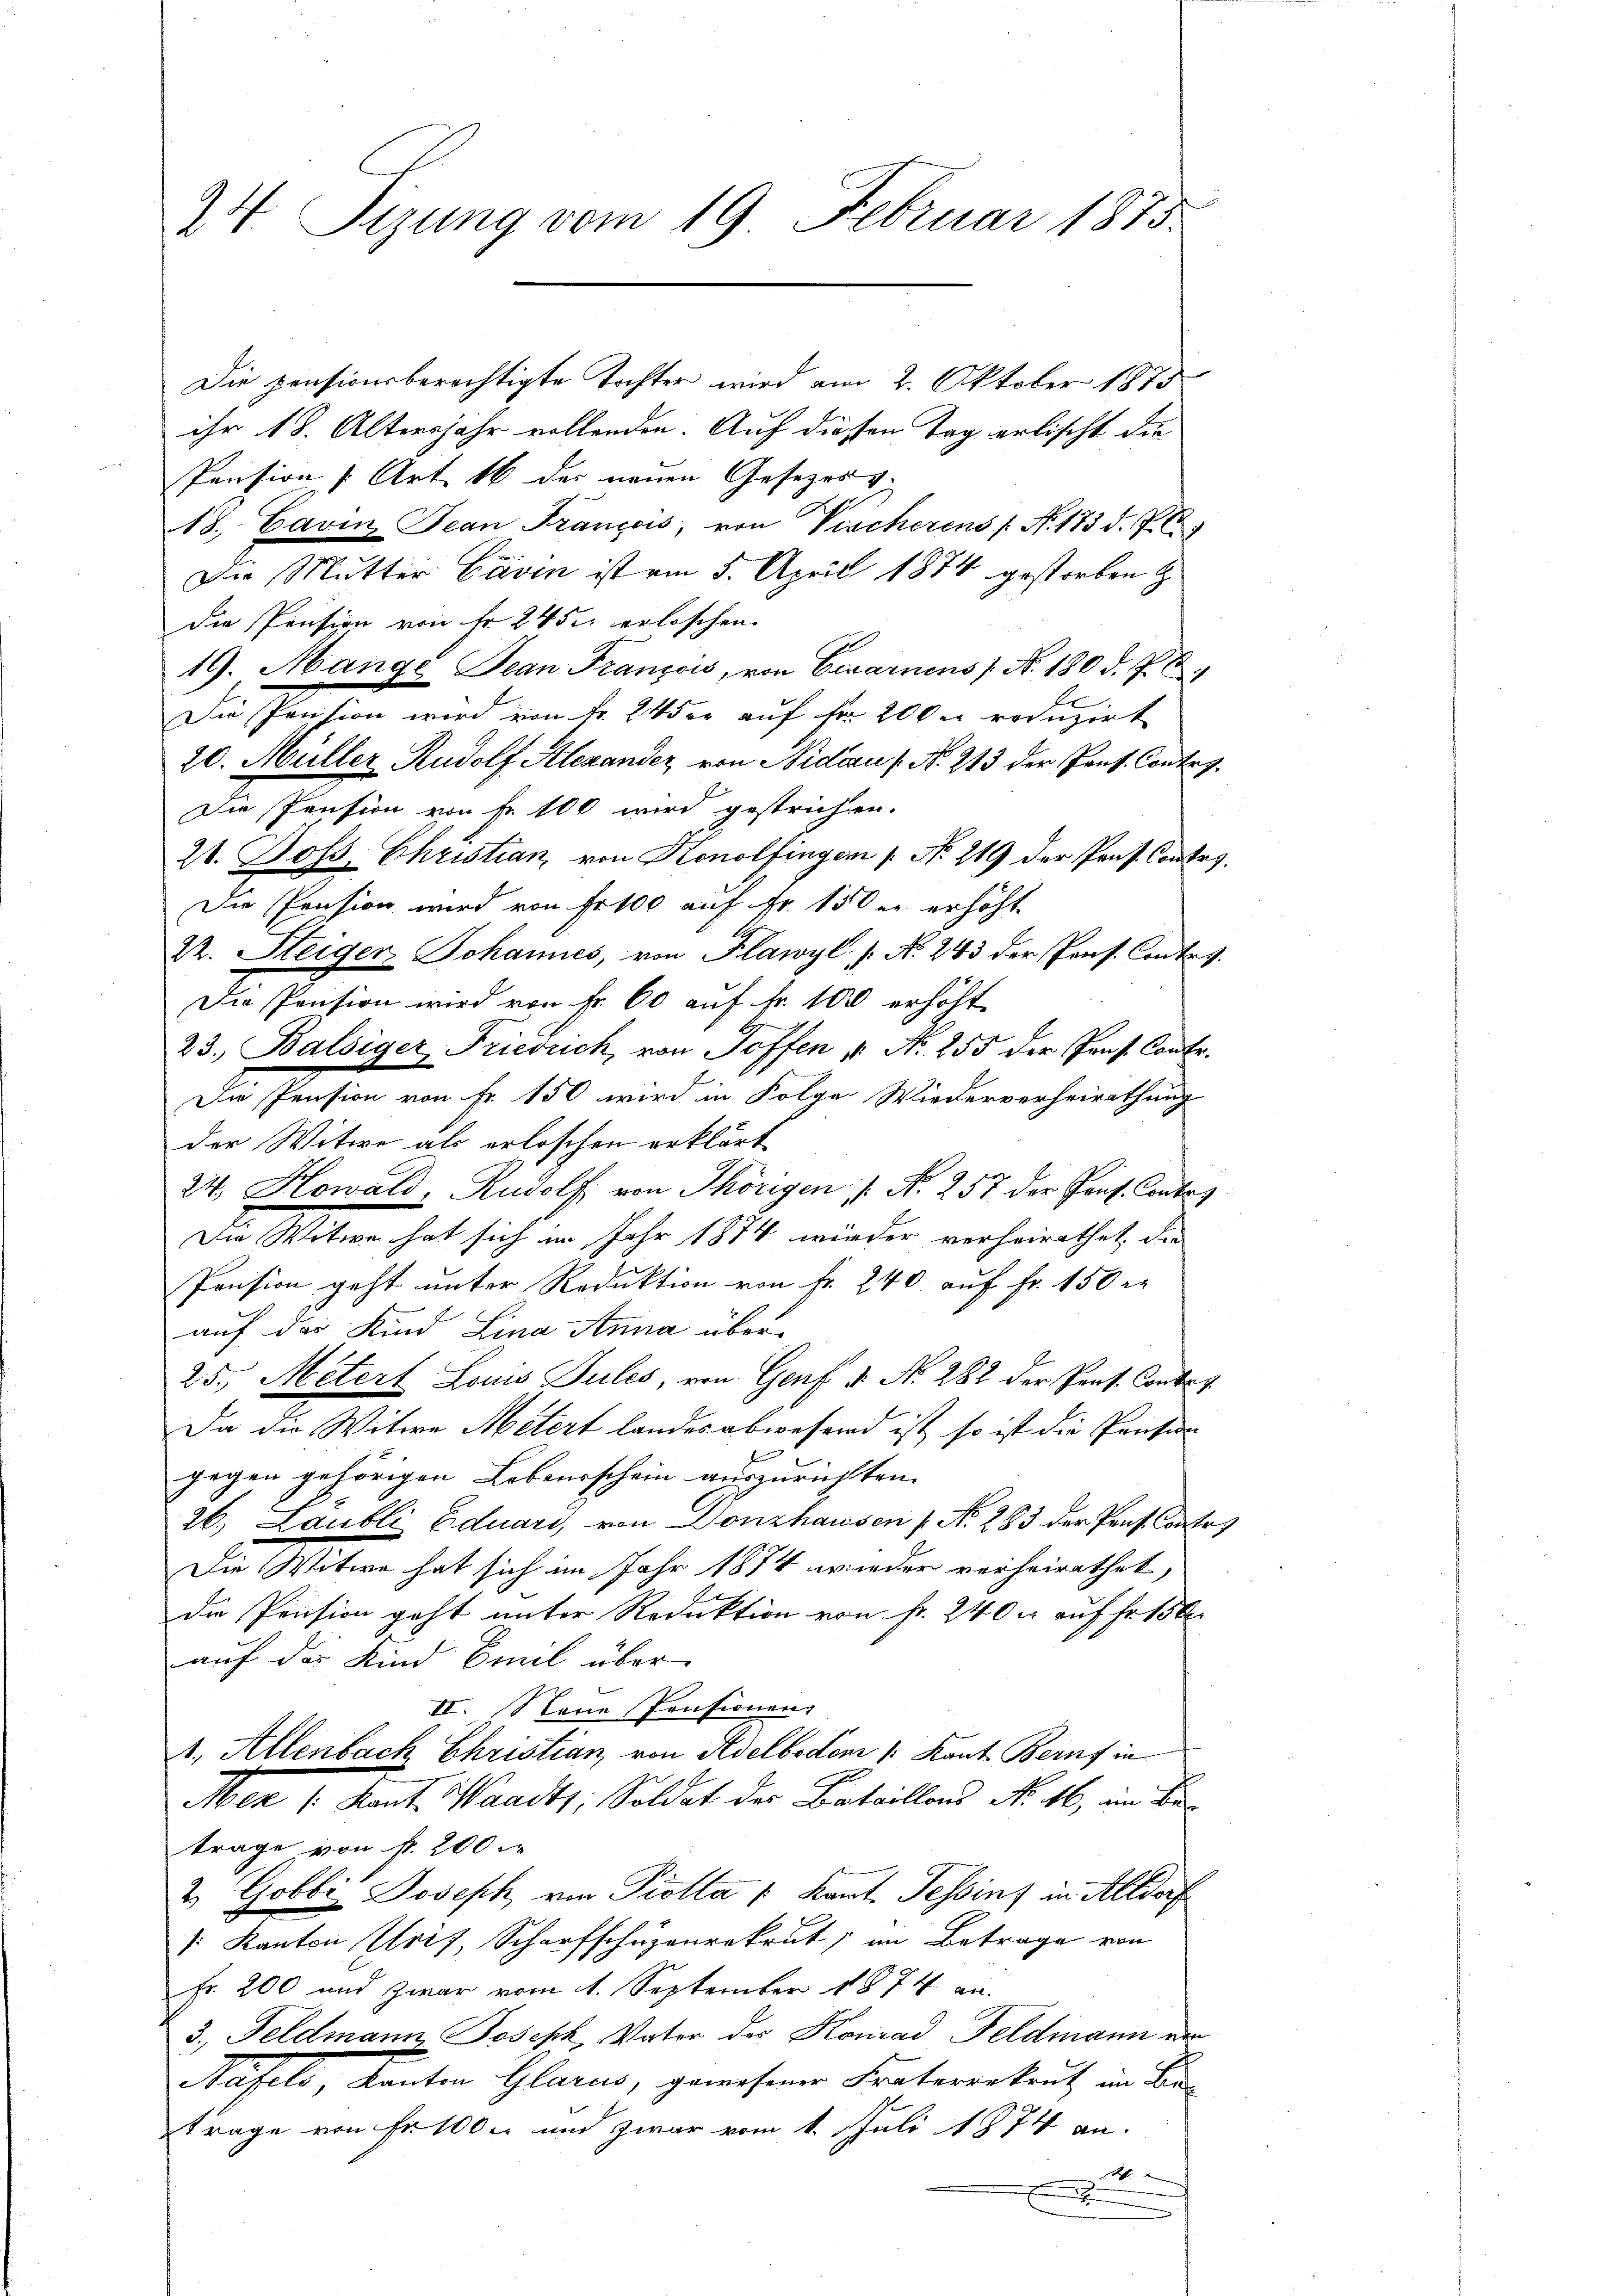
24. Sizung vom 19 Februar 1875

ihr 18. Altersjahr vollenden. Auf diesen Tag erlischt die
Pension (Art. 16 der neuen Gesezes v.
18. Cavin Jean François, von Viecherens s. No. 173 d. P. C.
Die Mutter Caven ist am 5. April 1874 gestorben
die Pension von Fr. 245 erloschen.
19. Mange Jean Franzois, von Cesarnens No. 180 d. 7. 6.
be
Die Pression wird von Fr. 24 der auf Fr. 200 reduzirt
20. Müller, Rudolf Alexander, von Nidau / No. 213 der Prof. Contre¬
Die Pension von Fr. 100 wird gestrichten.
21. Doss. Christian, von Konolfingen 1. No. 219 der Prof. Contes,
Die Pension wird von Fr. 100 auf Fr. 150 er erhöht
22. Steiger Johannes, von Flawyl N. 243 der Prof. Contr
Die Pension wird von Fr. 60 auf Fr. 100 erhöht
23. Balsiger Friedrich, von Toffen v. Nr. 255 der Prof. Contr.
Die Pension von Fr. 150 wird in Folge Wiederverheirathung
der Witwe als erloschen erklärt
24. Howald, Rudolf von Thörigen / N. 257 der Prof. Contos
Die Witwe hat sich im Jahr 1874 wieder verheirathet, die
Pension geht unter Reduktion von fr. 240 auf Fr. 150 r
auf das Kind Lina Anna über¬
25. Metert Louis Jules, von Genf v. N. 282 der Prof. Conto g
Da die Witwe Metert landes abwesend ist, so ist die Pension
gegen gehörigen Lebensschein auszurichtten.
26. Laubli Eduari, von Donzhausen ( N. 283 der Pent Contr
Die Witwe hat sich im Jahr 1874 wieder verheirathet,
die Pension geht unter Reduktion von Fr. 240 er auf Fr. 15
auf der Kind Emil über
II. Serie Pensionenz
1. Allenbach Christian, von Adelboden /: Kant Beruf in
Aber 1. Kant. Waadt, Soldat der Bataillons No. 16, im Betrage von fr. 200
2 Gobbi Joseph von Piotta /: Kant. Tessinz in Altdorf
 Kanton Urif, Scharfschüzenrekrut, in Betrage von
Fr. 200 und zwar vom 1. September 1874 an.
3. Feldmann Joseph, Vater des Konrad Feldmann am
Mufels, Kanton Glarus, gewesener Fraterrekrut im Betrage von Fr. 100 und zwar vom 1. Juli 1874 an

Die pensionsberechtigte Tochter wird am 2. Oktober 1875